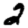
Digit: 2